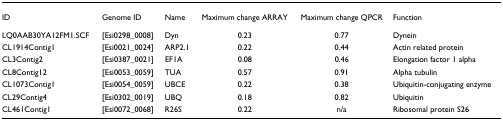
| ID | Genome ID | Name | Maximum change ARRAY | Maximum change QPCR | Function |
 | --- | --- | --- | --- | --- | --- |
 | LQ0AAB30YA12FM1.SCF | [Esi0298_0008] | Dyn | 0.23 | 0.77 | Dynein |
 | CL1914Contig1 | [Esi0021_0024] | ARP2.1 | 0.22 | 0.44 | Actin related protein |
 | CL3Contig2 | [Esi0387_0021] | EF1A | 0.08 | 0.46 | Elongation factor 1 alpha |
 | CL8Contig12 | [Esi0053_0059] | TUA | 0.57 | 0.91 | Alpha tubulin |
 | CL1073Contig1 | [Esi0054_0059] | UBCE | 0.22 | 0.38 | Ubiquitin-conjugating enzyme |
 | CL29Contig4 | [Esi0302_0019] | UBQ | 0.18 | 0.82 | Ubiquitin |
 | CL461Contig1 | [Esi0072_0068] | R26S | 0.22 | n/a | Ribosomal protein S26 |